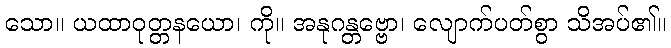
သော။ ယထာဝုတ္တနယော၊ ကို။ အနုဂန္တဗ္ဗော၊ လျောက်ပတ်စွာ သိအပ်၏။